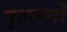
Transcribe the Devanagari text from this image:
गृहजनों